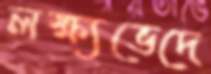
লক্ষ্যভেদে